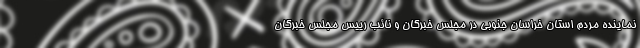
نماینده مردم استان خراسان جنوبی در مجلس خبرگان و نائب رییس مجلس خبرگان